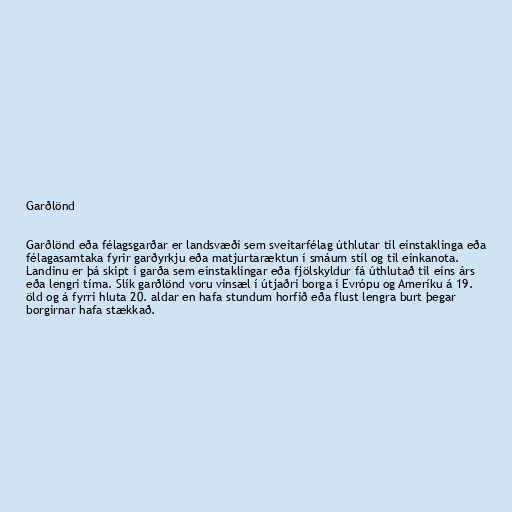
Garðlönd

Garðlönd eða félagsgarðar er landsvæði sem sveitarfélag úthlutar til einstaklinga eða
félagasamtaka fyrir garðyrkju eða matjurtaræktun í smáum stíl og til einkanota.
Landinu er þá skipt í garða sem einstaklingar eða fjölskyldur fá úthlutað til eins árs
eða lengri tíma. Slík garðlönd voru vinsæl í útjaðri borga í Evrópu og Ameríku á 19.
öld og á fyrri hluta 20. aldar en hafa stundum horfið eða flust lengra burt þegar
borgirnar hafa stækkað.